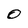
Character: O